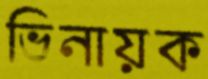
ভিনায়ক